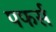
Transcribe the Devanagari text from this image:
पफर्स